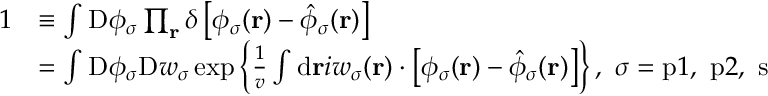
\begin{array} { r l } { 1 } & { \equiv \int \mathrm { D } \phi _ { \sigma } \prod _ { \mathbf { r } } \delta \left[ \phi _ { \sigma } ( \mathbf { r } ) - \hat { \phi } _ { \sigma } ( \mathbf { r } ) \right] } \\ & { = \int \mathrm { D } \phi _ { \sigma } \mathrm { D } w _ { \sigma } \exp \left\{ \frac { 1 } { v } \int \mathrm { d } { \mathbf { r } } i w _ { \sigma } ( \mathbf { r } ) \cdot \left[ \phi _ { \sigma } ( \mathbf { r } ) - \hat { \phi } _ { \sigma } ( \mathbf { r } ) \right] \right\} , \ \sigma = \mathrm { p } 1 , \ \mathrm { p } 2 , \ \mathrm { s } } \end{array}